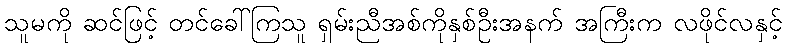
သူမကို ဆင်ဖြင့် တင်ခေါ်ကြသူ ရှမ်းညီအစ်ကိုနှစ်ဦးအနက် အကြီးက လဖိုင်လနှင့်